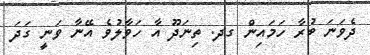
ދެވަނަ ބުރާ ހަމައިން ގދ. ތިނަދޫ އާ ހަވާލުވެ އޭނާ ވަނީ ގަދަ